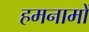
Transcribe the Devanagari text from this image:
हमनामों